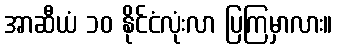
အာဆီယံ ၁၀ နိုင်ငံလုံးလာ ပြကြမှာလား။